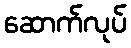
ဆောက်လုပ်